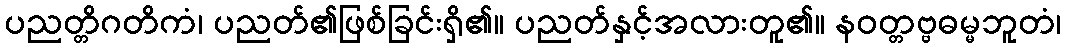
ပညတ္တိဂတိကံ၊ ပညတ်၏ဖြစ်ခြင်းရှိ၏။ ပညတ်နှင့်အလားတူ၏။ နဝတ္တဗ္ဗဓမ္မဘူတံ၊